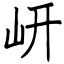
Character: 岍